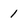
Character: 1